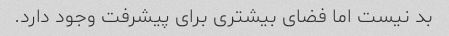
بد نیست اما فضای بیشتری برای پیشرفت وجود دارد.